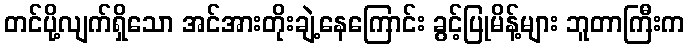
တင်ပို့လျက်ရှိသော အင်အားတိုးချဲ့နေကြောင်း ခွင့်ပြုမိန့်များ ဘူတာကြီးက